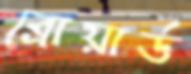
ব্রোয়ার্ড